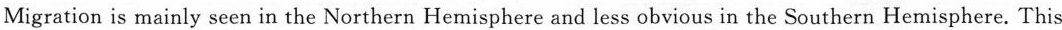
Migration is mainly seen in the Northern Hemisphere and less obvious in the Southern Hemisphere. This